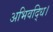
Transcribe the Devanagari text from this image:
अभिवद्धि।